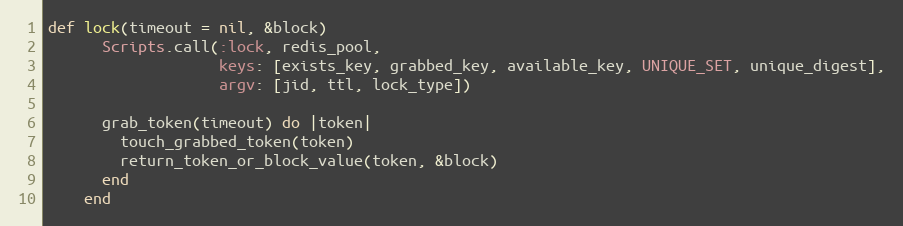
Language: Ruby
def lock(timeout = nil, &block)
      Scripts.call(:lock, redis_pool,
                   keys: [exists_key, grabbed_key, available_key, UNIQUE_SET, unique_digest],
                   argv: [jid, ttl, lock_type])

      grab_token(timeout) do |token|
        touch_grabbed_token(token)
        return_token_or_block_value(token, &block)
      end
    end